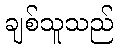
ချစ်သူသည်